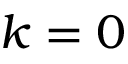
k = 0